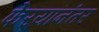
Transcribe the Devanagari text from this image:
फेर्‍यांनंतर